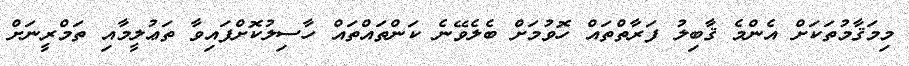
މިމަޤާމުތަކަށް އެންމެ ޤާބިލު ފަރާތްތައް ހޮވުމަށް ބެލެވޭނެ ކަންތައްތައް ހާސިލުކޮށްފައިވާ ތަޢުލީމާއި ތަމްރީނަށް